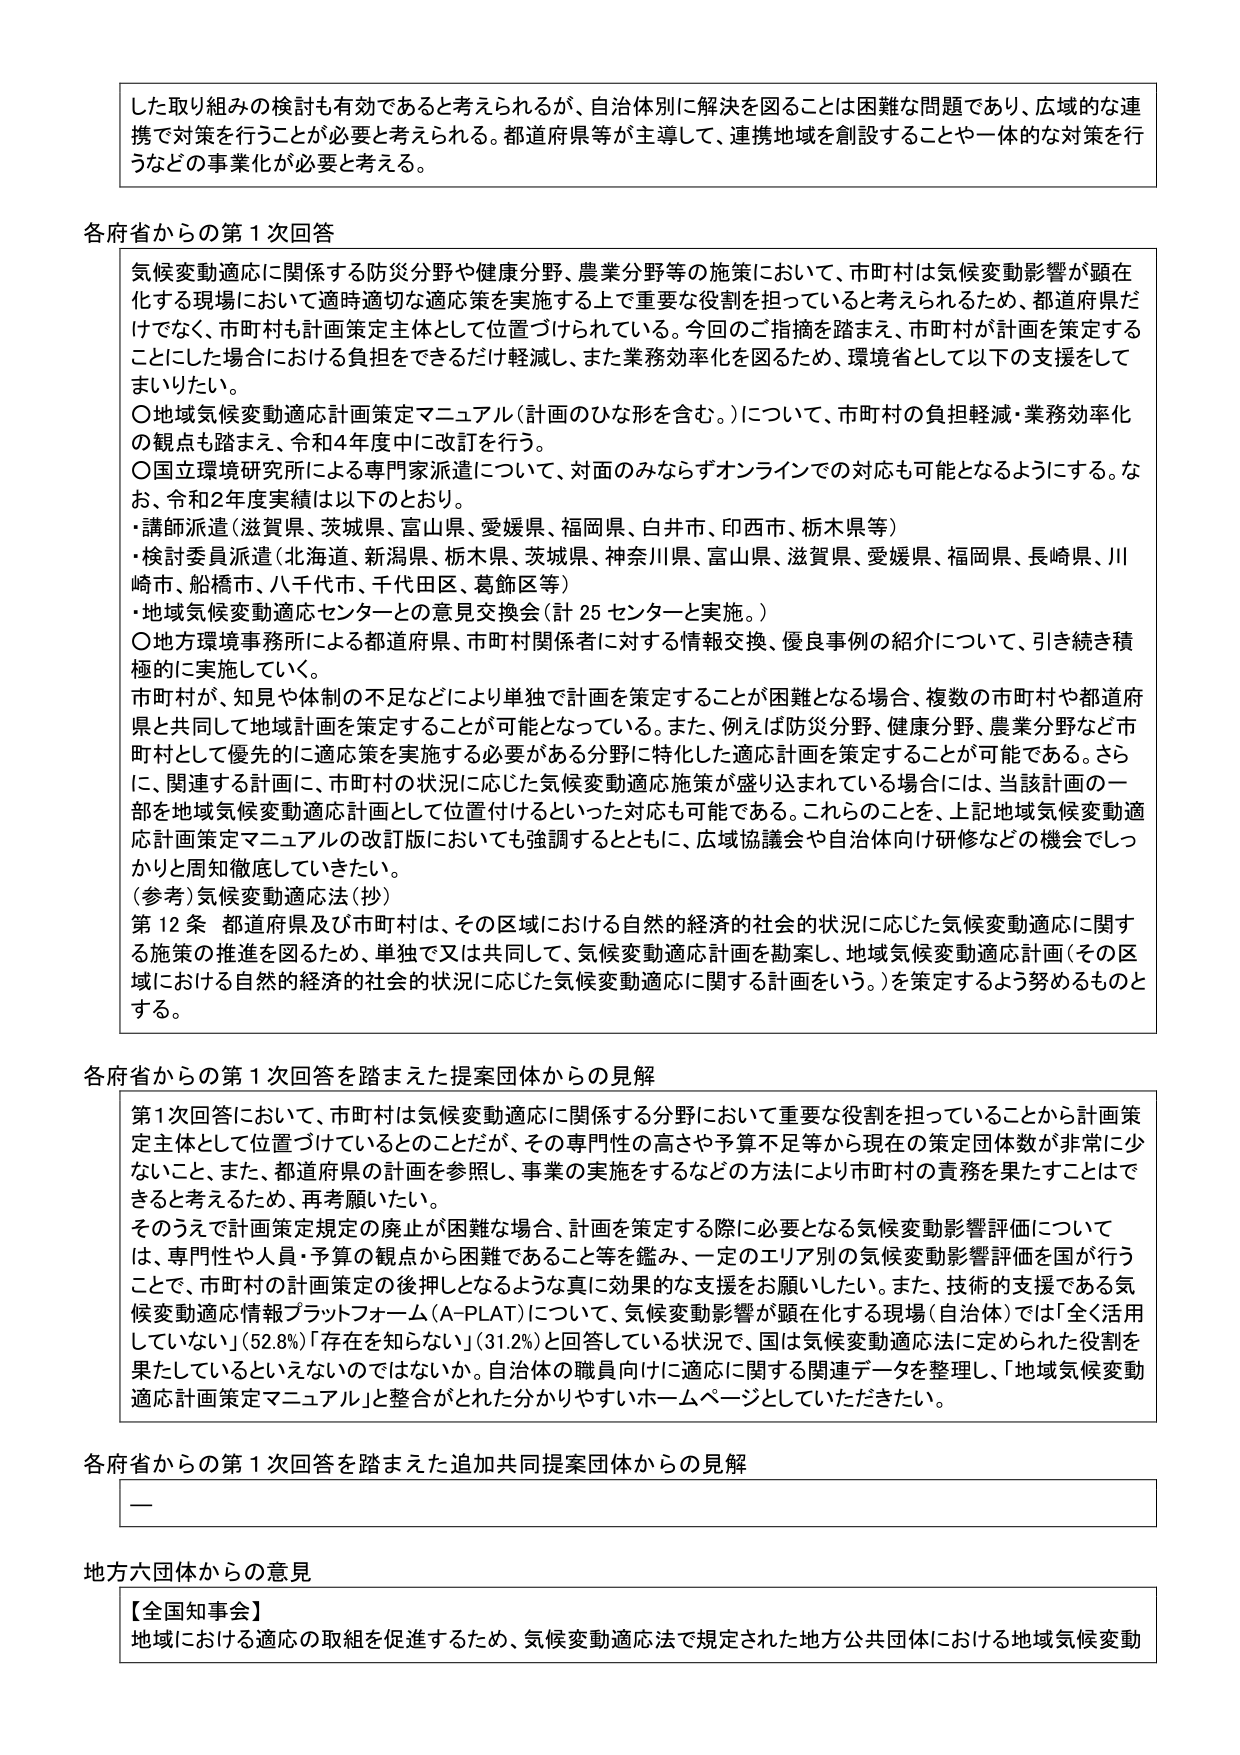
した取り組みの検討も有効であると考えられるが、自治体別に解決を図ることは困難な問題であり、広域的な連携で対策を行うことが必要と考えられる。都道府県等が主導して、連携地域を創設することや一体的な対策を行うなどの事業化が必要と考える。

各府省からの第1次回答
気候変動適応に関係する防災分野や健康分野、農業分野等の施策において、市町村は気候変動影響が顕在化する現場において適時適切な適応策を実施する上で重要な役割を担っていると考えられるため、都道府県だけでなく、市町村も計画策定主体として位置づけられている。今回のご指摘を踏まえ、市町村が計画を策定することにした場合における負担をできるだけ軽減し、また業務効率化を図るため、環境省として以下の支援をしてまいりたい。
〇地域気候変動適応計画策定マニュアル（計画のひな形を含む。）について、市町村の負担軽減・業務効率化の観点を踏まえ、令和4年度中に改訂を行う。
〇国立環境研究所による専門家派遣について、対面のみならずオンラインでの対応も可能となるようにする。なお、令和2年度実績は以下のとおり。
・講師派遣（滋賀県、茨城県、富山県、愛媛県、福岡県、白井市、印西市、栃木県等）
・検討委員派遣（北海道、新潟県、栃木県、茨城県、神奈川県、富山県、滋賀県、愛媛県、福岡県、長崎県、川崎市、船橋市、八千代市、千代田区、葛飾区等）
・地域気候変動適応センターとの意見交換会（計25センターと実施。）
〇地方環境事務所による都道府県、市町村関係者に対する情報交換、優良事例の紹介について、引き続き積極的に実施していく。
市町村が、知見や体制の不足などにより単独で計画を策定することが困難となる場合、複数の市町村や都道府県と共同して地域計画を策定することが可能となっている。また、例えば防災分野、健康分野、農業分野など市町村として優先的に適応策を実施する必要がある分野に特化した適応計画を策定することが可能である。さらに、関連する計画に、市町村の状況に応じた気候変動適応施策が盛り込まれている場合には、当該計画の一部を地域気候変動適応計画として位置付けるといった対応も可能である。これらのこと、上記地域気候変動適応計画策定マニュアルの改訂版においても強調するとともに、広域協議会や自治体向け研修などの機会でしっかりと周知徹底していきたい。
（参考）気候変動適応法（抄）
第12条 都道府県及び市町村は、その区域における自然的経済的社会的状況に応じた気候変動適応に関する施策の推進を図るため、単独で又は共同して、気候変動適応計画を勘案し、地域気候変動適応計画（その区域における自然的経済的社會的状況に応じた気候変動適応に関する計画をいう。）を策定するよう努めるものとする。

各府省からの第1次回答を踏まえた提案団体からの見解
第1次回答において、市町村は気候変動適応に関係する分野において重要な役割を担っていることから計画策定主体として位置づけているとのことだが、その専門性の高さや予算不足等から現在の策定団体数が非常に少ないこと、また、都道府県の計画を参照し、事業の実施をするなどの方法により市町村の責務を果たすことはできると考えるため、再考願いたい。
そのうえで計画策定規定の廃止が困難な場合、計画を策定する際に必要となる気候変動影響評価については、専門性や人員・予算の観点から困難であること等を鑑み、一定のエリア別の気候変動影響評価を国が行うことで、市町村の計画策定の後押しとなるような真に効果的な支援をお願いしたい。また、技術的支援である気候変動適応情報プラットフォーム（A-PLAT）について、気候変動影響が顕在化する現場（自治体）では「全く活用していない」（52.8%）「存在を知らない」（31.2%）と回答している状況で、国は気候変動適応法に定められた役割を果たしているといえないのではないか。自治体の職員向けに適応に関する関連データを整理し、「地域気候変動適応計画策定マニュアル」と整合がとれた分かりやすいホームページとしていただきたい。

各府省からの第1次回答を踏まえた追加共同提案団体からの見解
—

地方六団体からの意見
【全国知事会】
地域における適応の取組を促進するため、気候変動適応法で規定された地方公共団体における地域気候変動